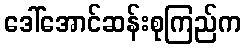
ဒေါ်အောင်ဆန်းစုကြည်က